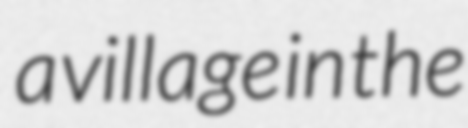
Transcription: a village in the